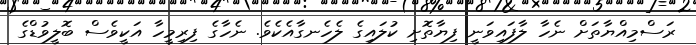
ރަސްމިއްޔާތަށް ނެހާ ލާފައިވަނީ ފިޔާތޮށި ކުލައިގެ ލެހެނގާއެކެވެ. ނެހާގެ ފިރިމީހާ އަކީވެސް ބޮލީވުޑްގެ